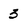
Character: 3